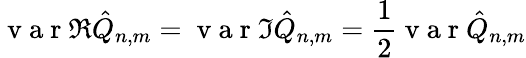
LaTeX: \mathrm{~v~a~r~}\Re\hat{Q}_{n,m}=\mathrm{~v~a~r~}\Im\hat{Q}_{n,m}=\frac{1}{2}\mathrm{~v~a~r~}\hat{Q}_{n,m}